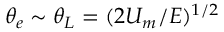
\theta _ { e } \sim \theta _ { L } = ( 2 U _ { m } / E ) ^ { 1 / 2 }